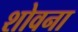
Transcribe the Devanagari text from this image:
शोवना